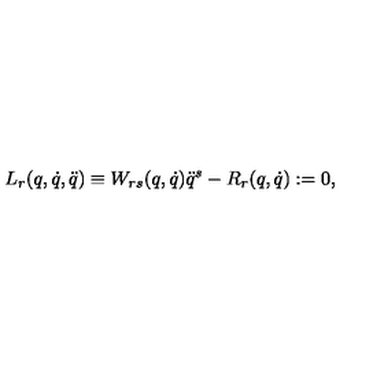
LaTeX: L _ { r } ( q , \dot { q } , \ddot { q } ) \equiv W _ { r s } ( q , \dot { q } ) \ddot { q } ^ { s } - R _ { r } ( q , \dot { q } ) : = 0 ,